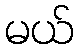
မယ်